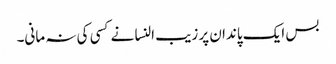
بس ایک پاندان پر زیب النسا نے کسی کی نہ مانی۔